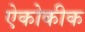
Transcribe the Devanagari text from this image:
ऐकोकीक